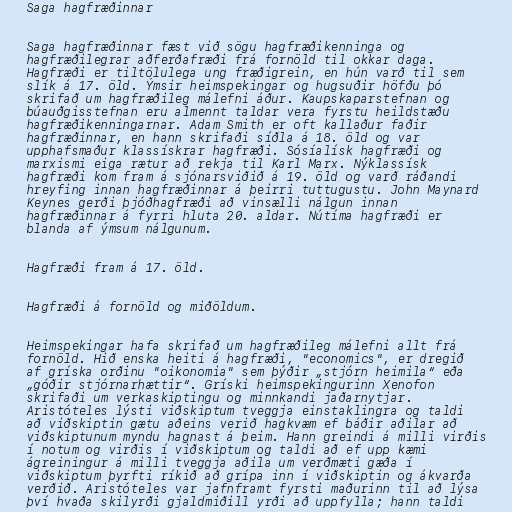
Saga hagfræðinnar

Saga hagfræðinnar fæst við sögu hagfræðikenninga og
hagfræðilegrar aðferðafræði frá fornöld til okkar daga.
Hagfræði er tiltölulega ung fræðigrein, en hún varð til sem
slík á 17. öld. Ýmsir heimspekingar og hugsuðir höfðu þó
skrifað um hagfræðileg málefni áður. Kaupskaparstefnan og
búauðgisstefnan eru almennt taldar vera fyrstu heildstæðu
hagfræðikenningarnar. Adam Smith er oft kallaður faðir
hagfræðinnar, en hann skrifaði síðla á 18. öld og var
upphafsmaður klassískrar hagfræði. Sósíalísk hagfræði og
marxismi eiga rætur að rekja til Karl Marx. Nýklassísk
hagfræði kom fram á sjónarsviðið á 19. öld og varð ráðandi
hreyfing innan hagfræðinnar á þeirri tuttugustu. John Maynard
Keynes gerði þjóðhagfræði að vinsælli nálgun innan
hagfræðinnar á fyrri hluta 20. aldar. Nútíma hagfræði er
blanda af ýmsum nálgunum.

Hagfræði fram á 17. öld.

Hagfræði á fornöld og miðöldum.

Heimspekingar hafa skrifað um hagfræðileg málefni allt frá
fornöld. Hið enska heiti á hagfræði, "economics", er dregið
af gríska orðinu "oikonomia" sem þýðir „stjórn heimila“ eða
„góðir stjórnarhættir“. Gríski heimspekingurinn Xenofon
skrifaði um verkaskiptingu og minnkandi jaðarnytjar.
Aristóteles lýsti viðskiptum tveggja einstaklingra og taldi
að viðskiptin gætu aðeins verið hagkvæm ef báðir aðilar að
viðskiptunum myndu hagnast á þeim. Hann greindi á milli virðis
í notum og virðis í viðskiptum og taldi að ef upp kæmi
ágreiningur á milli tveggja aðila um verðmæti gæða í
viðskiptum þyrfti ríkið að grípa inn í viðskiptin og ákvarða
verðið. Aristóteles var jafnframt fyrsti maðurinn til að lýsa
því hvaða skilyrði gjaldmiðill yrði að uppfylla; hann taldi